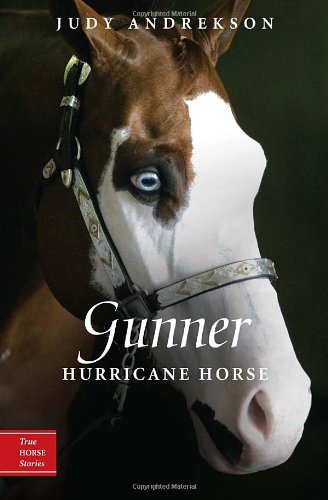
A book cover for Gunner: Hurricane Horse (True Horse Stories); Judy Andrekson; Science & Math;